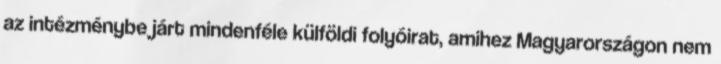
az intézménybe járt mindenféle külföldi folyóirat, amihez Magyarországon nem